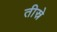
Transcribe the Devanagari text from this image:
तीस्रे